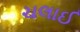
ચલાઈ